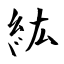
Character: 紘